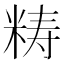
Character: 𥺅